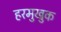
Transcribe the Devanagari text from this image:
हरमुखुक